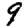
Digit: 9